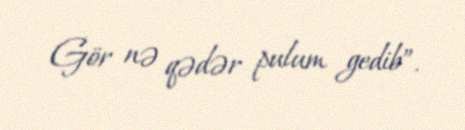
Gör nə qədər pulum gedib”.